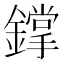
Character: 鐣